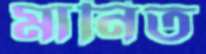
মানিত